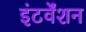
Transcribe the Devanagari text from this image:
इंटर्वेंशन